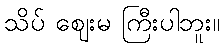
သိပ် ဈေးမ ကြီးပါဘူး။